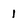
Character: 1